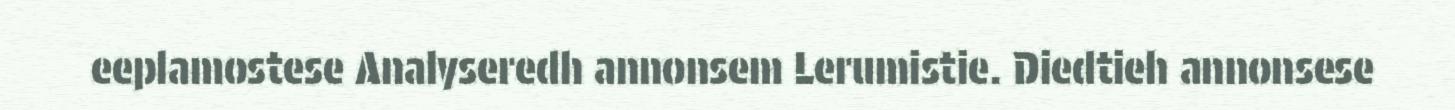
eeplamostese Analyseredh annonsem Lerumistie. Diedtieh annonsese